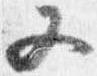
又